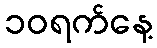
၁၀ရက်နေ့